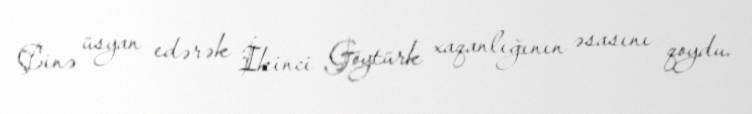
Çinə üsyan edərək İkinci Göytürk xaqanlığının əsasını qoydu.